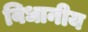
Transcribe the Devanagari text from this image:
विधानीय